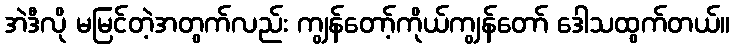
အဲဒီလို မမြင်တဲ့အတွက်လည်း ကျွန်တော့်ကိုယ်ကျွန်တော် ဒေါသထွက်တယ်။